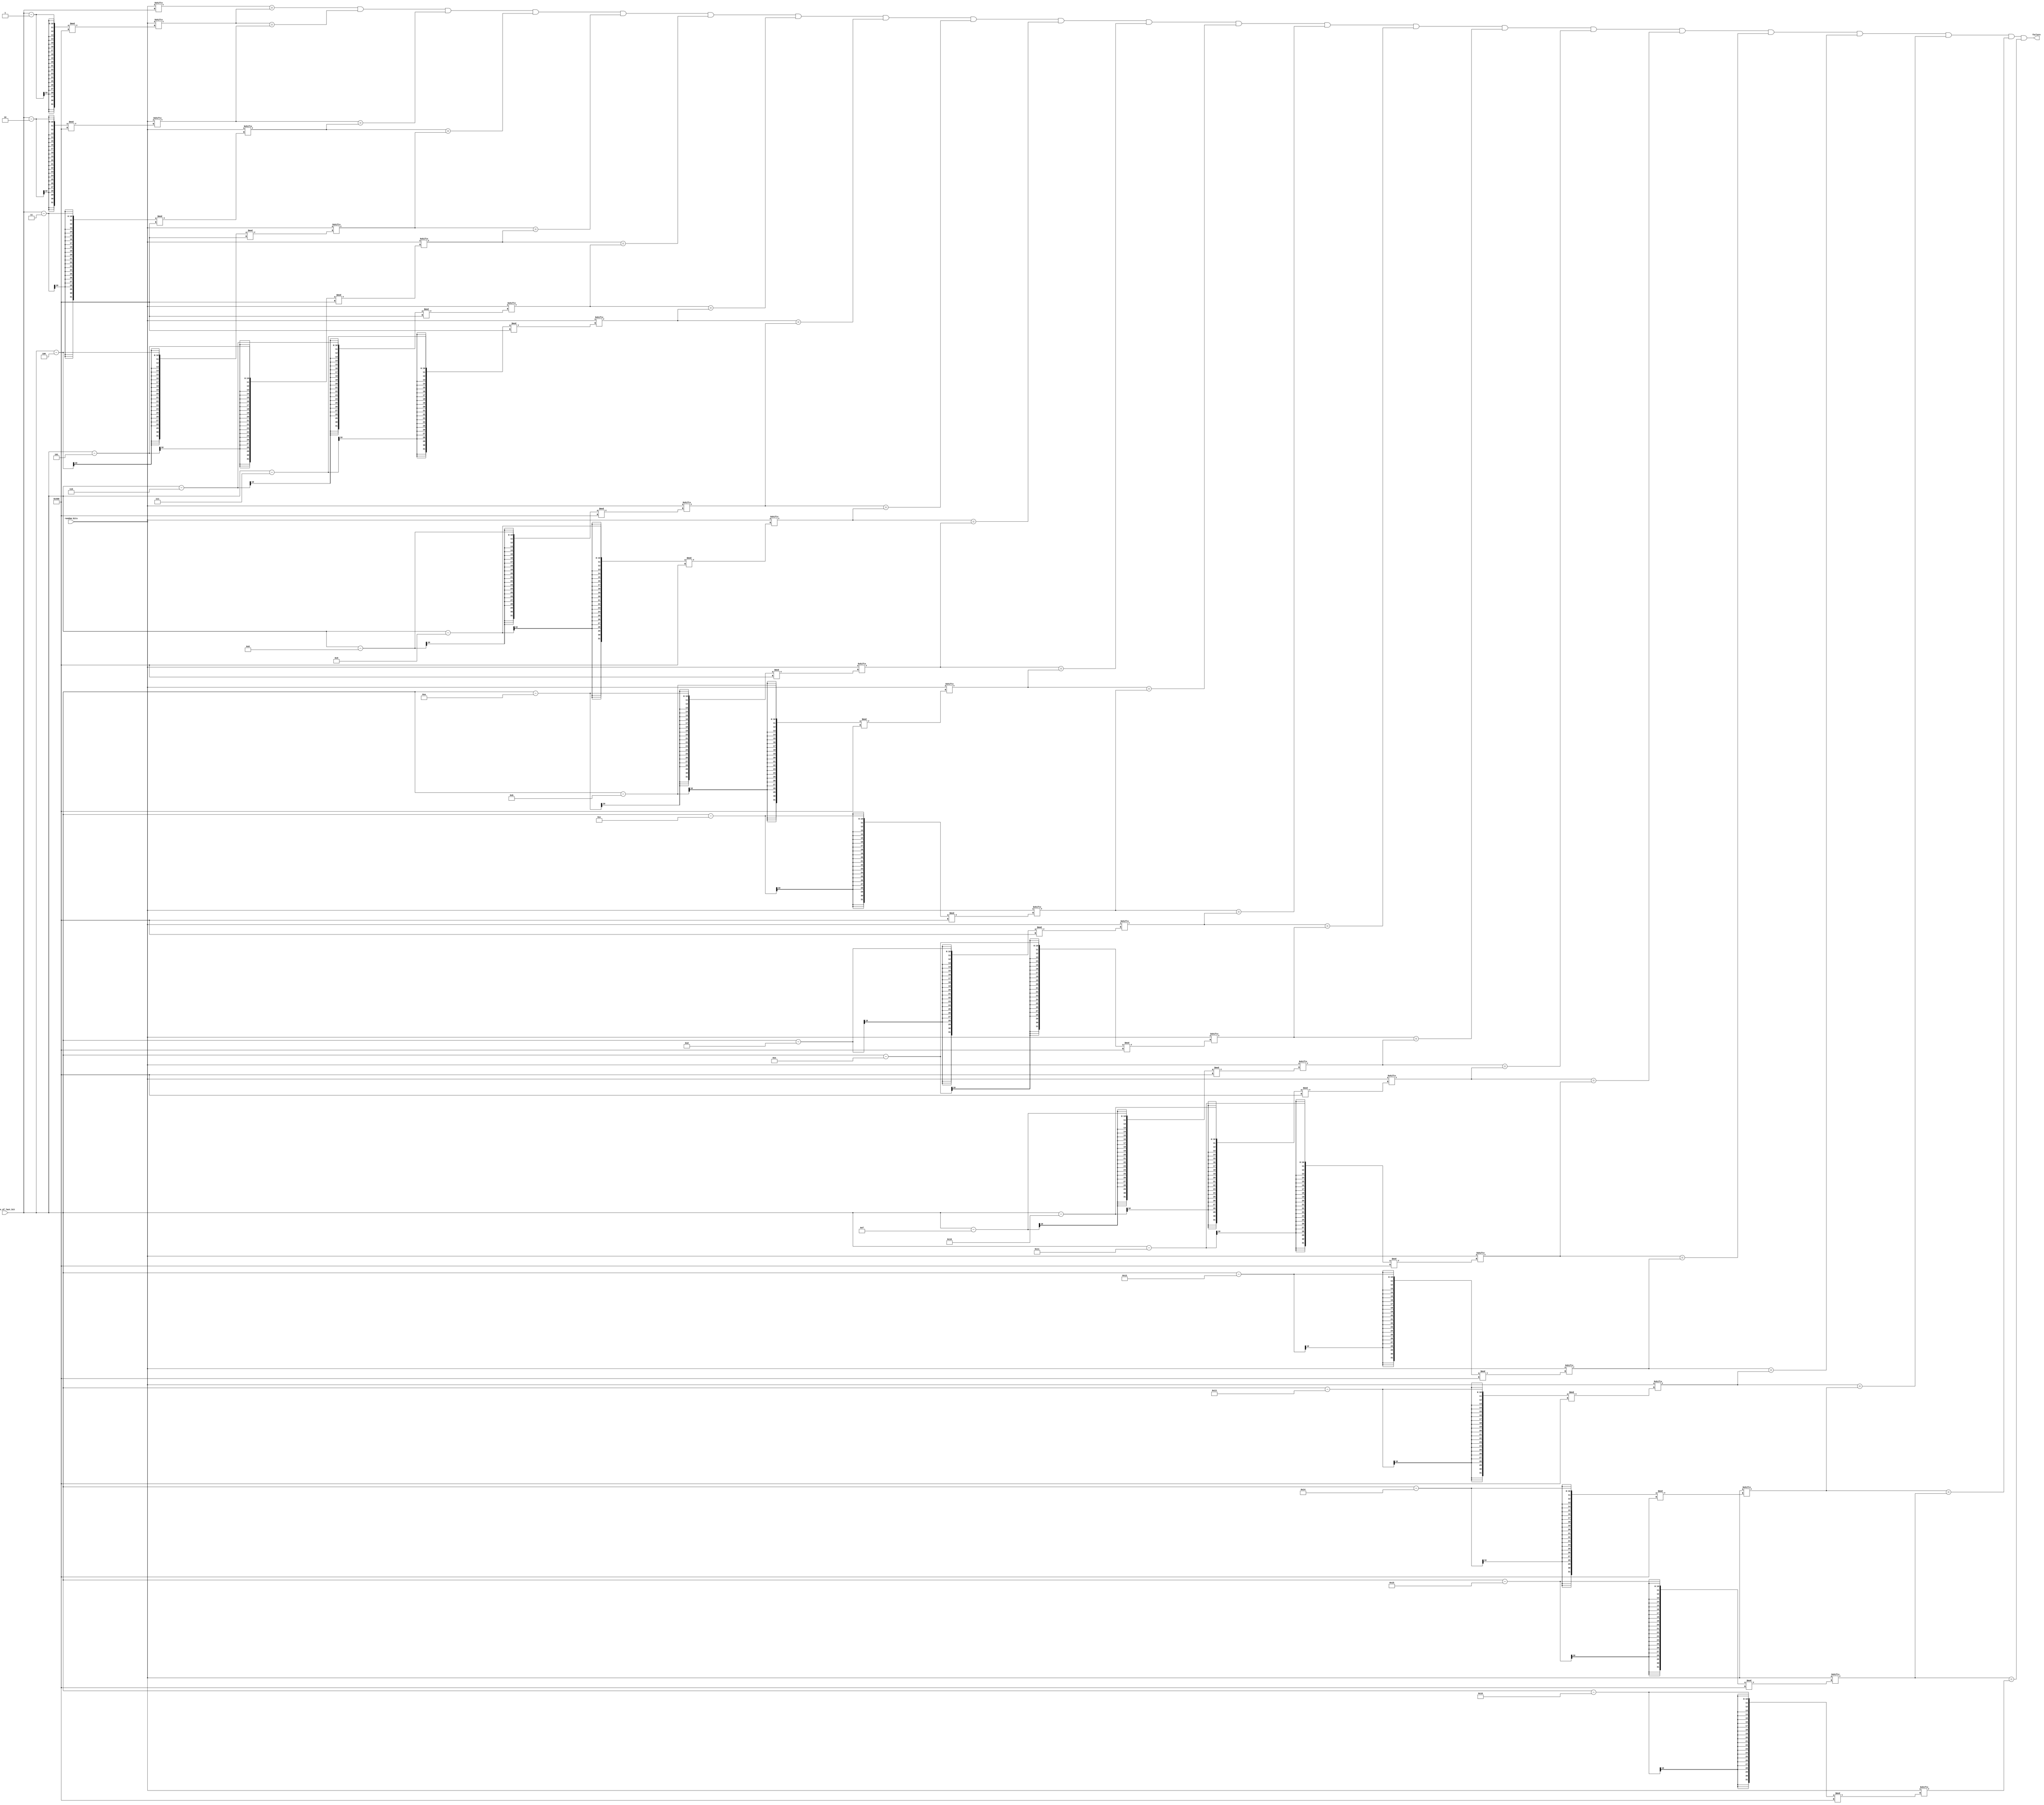
`timescale 1ns / 1ps
//////////////////////////////////////////////////////////////////////////////////
// Company: 
// Engineer: 
// 
// Design Name: 
// Module Name: RepetitionCountTest
// Project Name: 
// Target Devices: 
// Tool Versions: 
// Description: 
// 
// Dependencies: 
// 
// Revision:
// Revision 0.01 - File Created
// Additional Comments:
// 
//////////////////////////////////////////////////////////////////////////////////


module RepetitionCountTest(
    input wire[1023:0] random_bits,
    input wire[9:0] index_of_last_bit,
    output wire failure
    );


    assign failure =   (random_bits[index_of_last_bit    ]         == random_bits[(index_of_last_bit-1)% 1024]) && 
                        (random_bits[(index_of_last_bit -1) % 1024] == random_bits[(index_of_last_bit-2)% 1024]) &&
                        (random_bits[(index_of_last_bit -2) % 1024] == random_bits[(index_of_last_bit-3)% 1024]) &&
                        (random_bits[(index_of_last_bit - 3) % 1024] == random_bits[(index_of_last_bit - 4)% 1024]) &&
                        (random_bits[(index_of_last_bit - 4) % 1024] == random_bits[(index_of_last_bit - 5)% 1024]) &&
                        (random_bits[(index_of_last_bit - 5) % 1024] == random_bits[(index_of_last_bit - 6)% 1024]) &&
                        (random_bits[(index_of_last_bit - 6) % 1024] == random_bits[(index_of_last_bit - 7)% 1024]) &&
                        (random_bits[(index_of_last_bit - 7) % 1024] == random_bits[(index_of_last_bit - 8)% 1024]) &&
                        (random_bits[(index_of_last_bit - 8) % 1024] == random_bits[(index_of_last_bit - 9)% 1024]) &&
                        (random_bits[(index_of_last_bit - 9) % 1024] == random_bits[(index_of_last_bit - 10)% 1024]) &&
                        (random_bits[(index_of_last_bit - 10) % 1024] == random_bits[(index_of_last_bit - 11)% 1024]) &&
                        (random_bits[(index_of_last_bit - 11) % 1024] == random_bits[(index_of_last_bit - 12)% 1024]) &&
                        (random_bits[(index_of_last_bit - 12) % 1024] == random_bits[(index_of_last_bit - 13)% 1024]) &&
                        (random_bits[(index_of_last_bit - 13) % 1024] == random_bits[(index_of_last_bit - 14)% 1024]) &&
                        (random_bits[(index_of_last_bit - 14) % 1024] == random_bits[(index_of_last_bit - 15)% 1024]) &&
                        (random_bits[(index_of_last_bit - 15) % 1024] == random_bits[(index_of_last_bit - 16)% 1024]) &&
                        (random_bits[(index_of_last_bit - 16) % 1024] == random_bits[(index_of_last_bit - 17)% 1024]) &&
                        (random_bits[(index_of_last_bit - 17) % 1024] == random_bits[(index_of_last_bit - 18)% 1024]) &&
                        (random_bits[(index_of_last_bit - 18) % 1024] == random_bits[(index_of_last_bit - 19)% 1024]) &&
                        (random_bits[(index_of_last_bit - 19) % 1024] == random_bits[(index_of_last_bit - 20)% 1024]) &&
                        (random_bits[(index_of_last_bit - 20) % 1024] == random_bits[(index_of_last_bit - 21)% 1024]) &&
                        (random_bits[(index_of_last_bit - 21) % 1024] == random_bits[(index_of_last_bit - 22)% 1024]);

endmodule